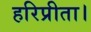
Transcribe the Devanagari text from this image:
हरिप्रीता।